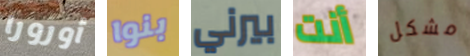
أورورا بنوا بيرني أنت مشكل